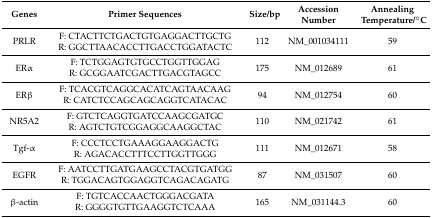
| Genes | Primer Sequences | Size/bp | Accession Number | Annealing Temperature/°C |
 | --- | --- | --- | --- | --- |
 | PRLR | F: CTACTTCTGACTGTGAGGACTTGCTGR: GGCTTAACACCTTGACCTGGATACTC | 112 | NM_001034111 | 59 |
 | ERα | F: TCTGGAGTGTGCCTGGTTGGAGR: GCGGAATCGACTTGACGTAGCC | 175 | NM_012689 | 61 |
 | ERβ | F: TCACGTCAGGCACATCAGTAACAAGR: CATCTCCAGCAGCAGGTCATACAC | 94 | NM_012754 | 60 |
 | NR5A2 | F: GTCTCAGGTGATCCAAGCGATGCR: AGTCTGTCGGAGGCAAGGCTAC | 110 | NM_021742 | 61 |
 | Tgf-α | F: CCCTCCTGAAAGGAAGGACTGR: AGACACCTTTCCTTGGTTGGG | 111 | NM_012671 | 58 |
 | EGFR | F: AATCCTTGATGAAGCCTACGTGATGGR: TGGACAGTGGAGGTCAGACAGATG | 87 | NM_031507 | 60 |
 | β-actin | F: TGTCACCAACTGGGACGATAR: GGGGTGTTGAAGGTCTCAAA | 165 | NM_031144.3 | 60 |